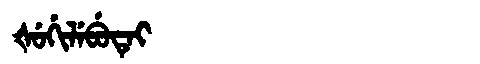
Manchu: ᡧᡠᡤᡳᠯᡝᠪᡠᡨᡝᡳ
Romanization: ŠUGILEBUTEI